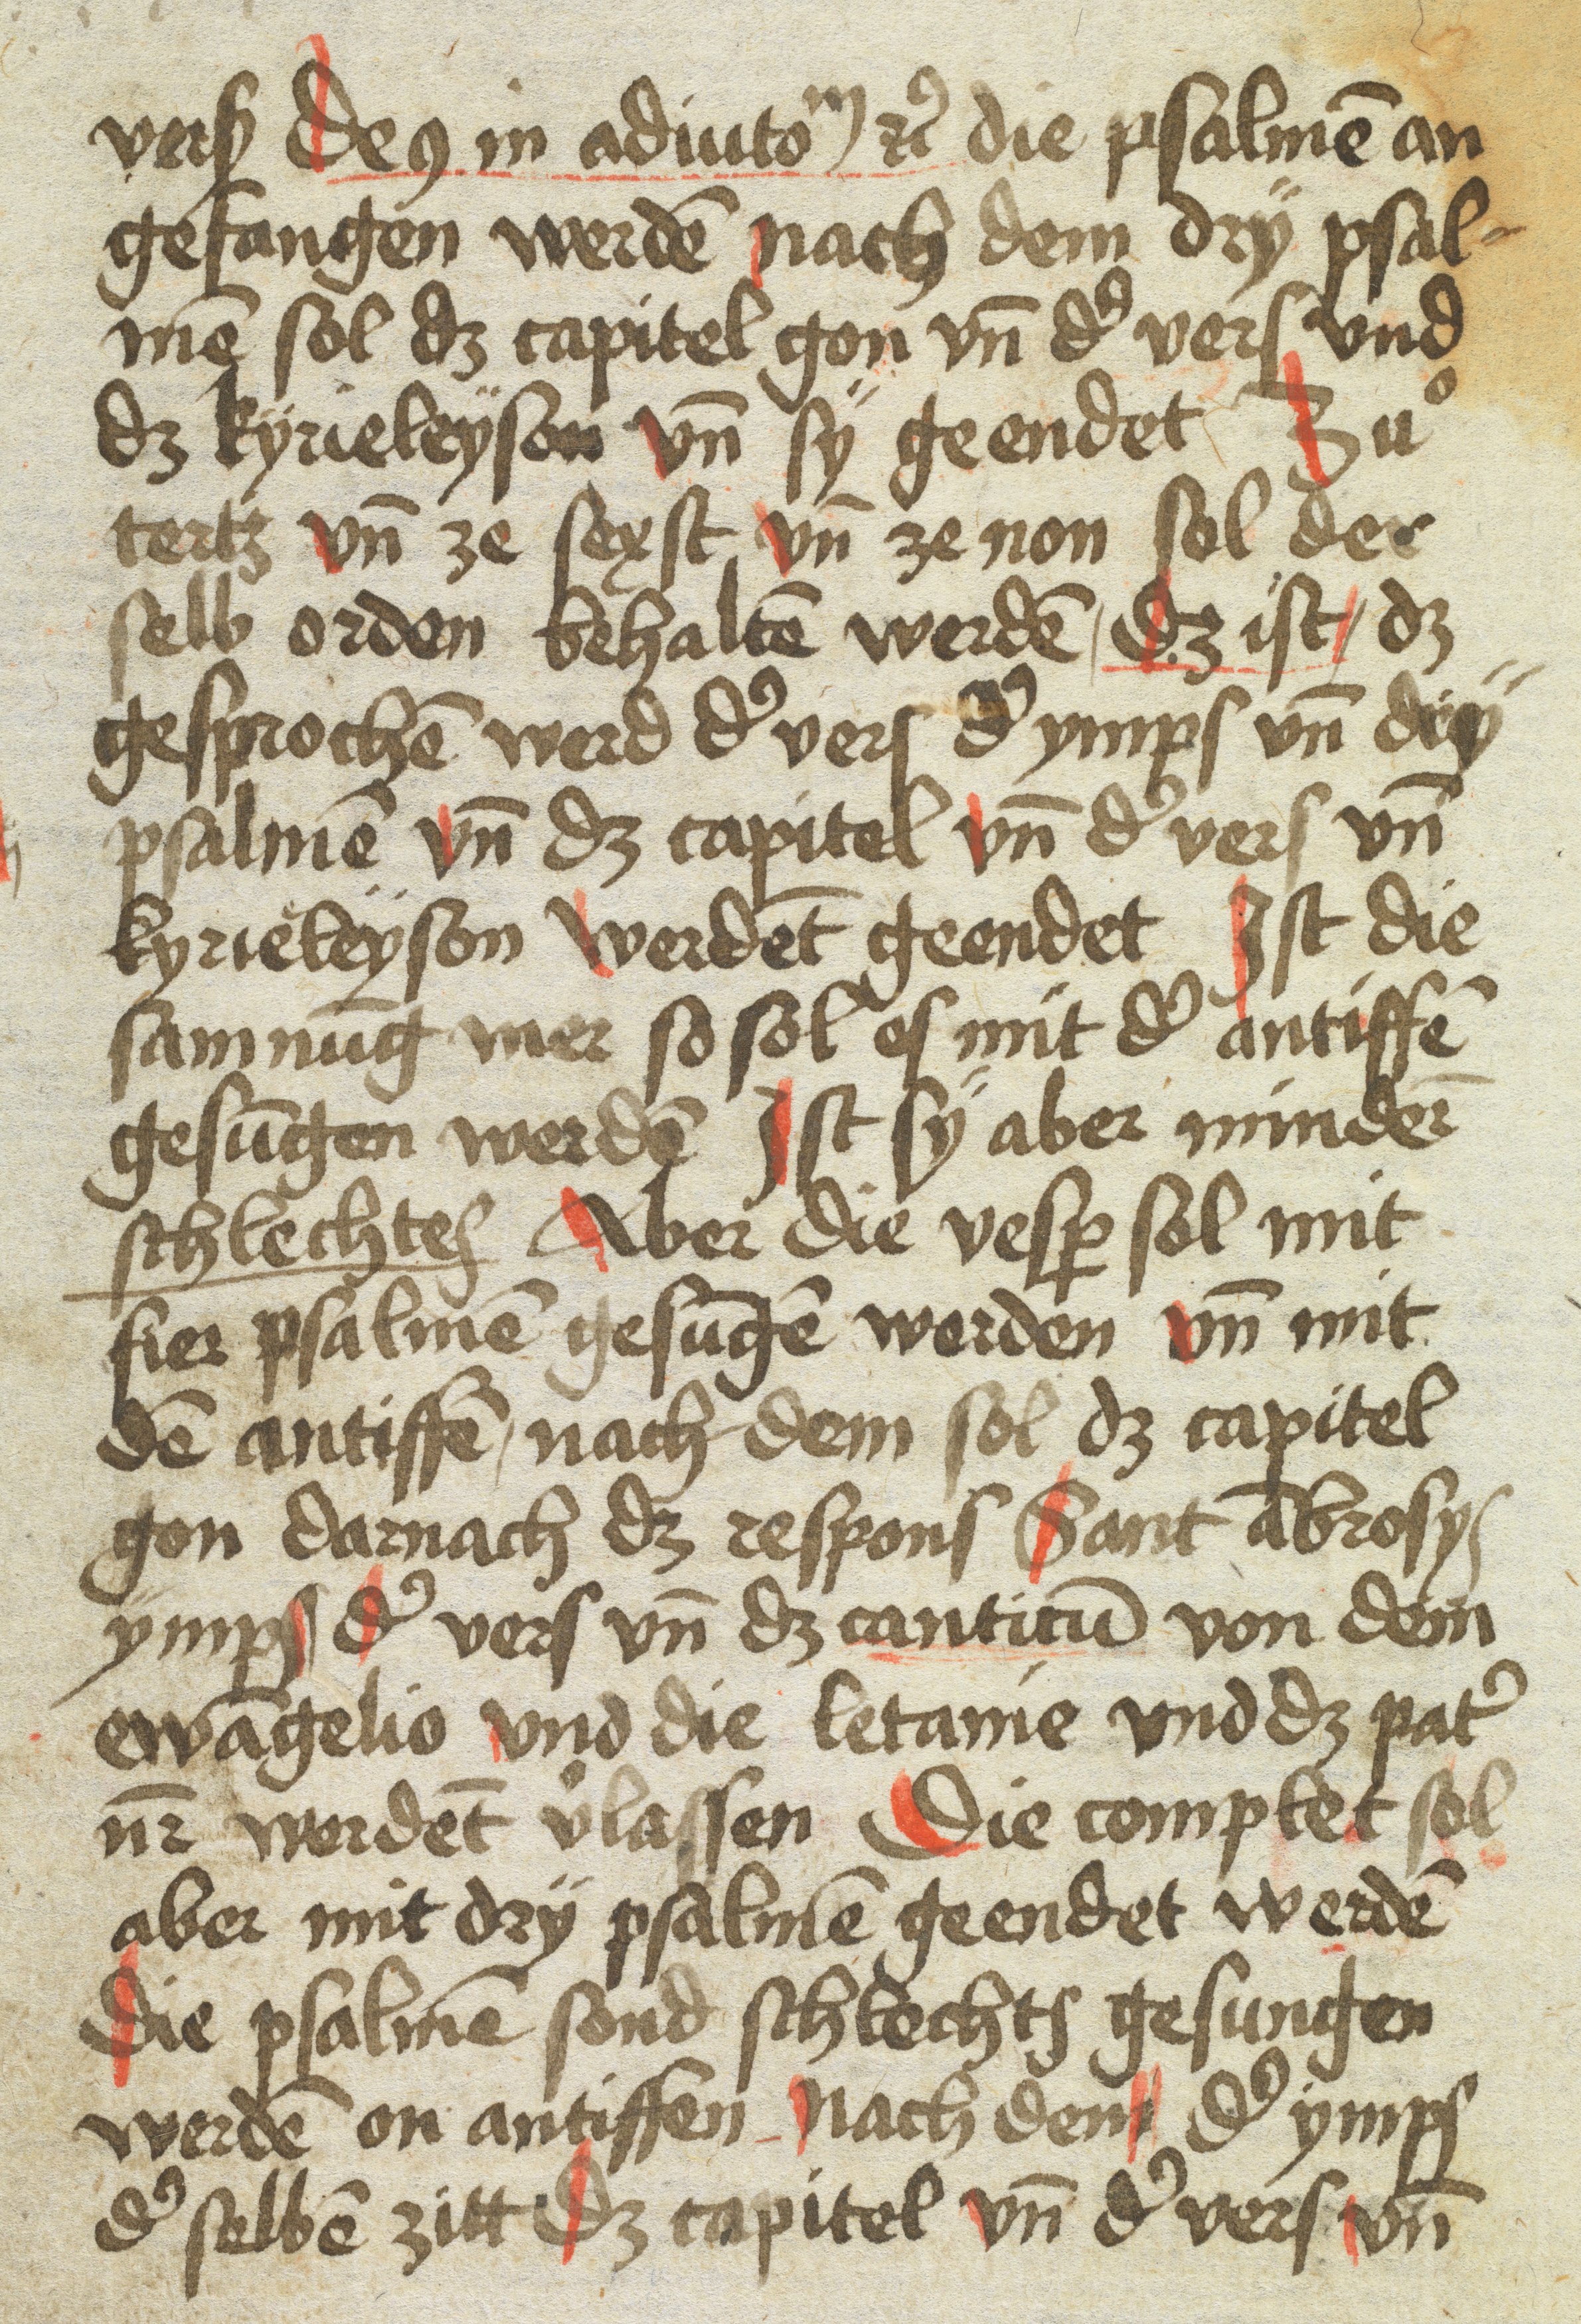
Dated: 1400–1599